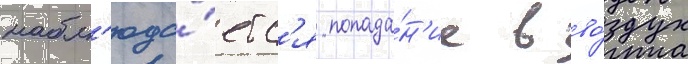
набл'юда́етс'я попада́н'ие в во́здух